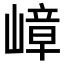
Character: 嶂